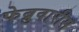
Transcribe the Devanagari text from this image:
फेब्रुवारीस